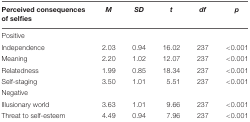
| Perceived consequences of selfies | M | SD | t | df | p |
 | --- | --- | --- | --- | --- | --- |
 | Positive |  |  |  |  |  |
 | Independence | 2.03 | 0.94 | 16.02 | 237 | <0.001 |
 | Meaning | 2.20 | 1.02 | 12.07 | 237 | <0.001 |
 | Relatedness | 1.99 | 0.85 | 18.34 | 237 | <0.001 |
 | Self-staging | 3.50 | 1.01 | 5.51 | 237 | <0.001 |
 | Negative |  |  |  |  |  |
 | Illusionary world | 3.63 | 1.01 | 9.66 | 237 | <0.001 |
 | Threat to self-esteem | 4.49 | 0.94 | 7.96 | 237 | <0.001 |